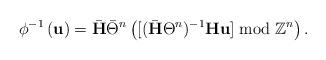
LaTeX: \begin{align*}\phi^{-1}\left(\mathbf u\right) = \bar{\mathbf H}\bar\Theta^n \left([(\bar{\mathbf H}\Theta^n)^{-1} \mathbf H \mathbf u]\bmod \mathbb Z^n\right).\end{align*}